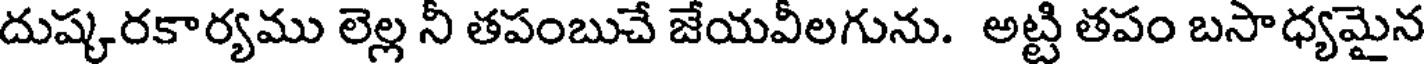
దుష్కరకార్యము లెల్ల నీ తపంబుచే జేయవీలగును. అట్టి తపం బసాధ్యమైన